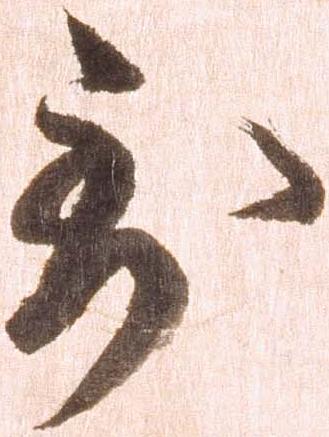
到